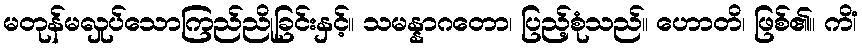
မတုန်မလှုပ်သောကြည်ညိုခြင်းနှင့်။ သမန္နာဂတော၊ ပြည့်စုံသည်။ ဟောတိ၊ ဖြစ်၏။ ကိံ၊